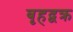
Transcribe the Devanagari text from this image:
बृहद्वक्र